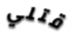
قتلي